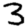
Digit: 3